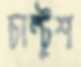
চাল্টুশ